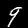
Label: 9